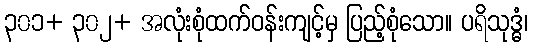
၃၀၁+ ၃၀၂+ အလုံးစုံထက်ဝန်းကျင့်မှ ပြည့်စုံသော။ ပရိသုဒ္ဓံ၊